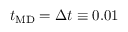
t _ { \mathrm { M D } } = \Delta t \equiv 0 . 0 1